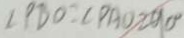
\angle P D O = \angle P A O = 9 0 ^ { \circ }